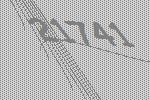
21741